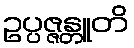
ဥပ္ပဇ္ဇန္တူတိ